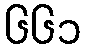
၆၆၁